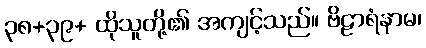
၃၈+၃၉+ ထိုသူတို့၏ အကျင့်သည်။ ဗိဠာရံနာမ၊